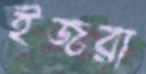
ইজরা